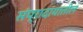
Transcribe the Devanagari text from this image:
संप्रादायातील